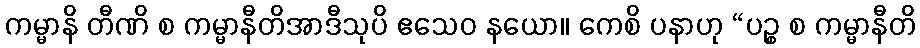
ကမ္မာနိ တီဏိ စ ကမ္မာနီတိအာဒီသုပိ ဧသေဝ နယော။ ကေစိ ပနာဟု “ပဉ္စ စ ကမ္မာနီတိ